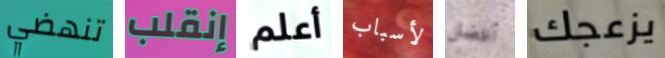
تنهضي إنقلب أعلم لأسباب أفضل يزعجك